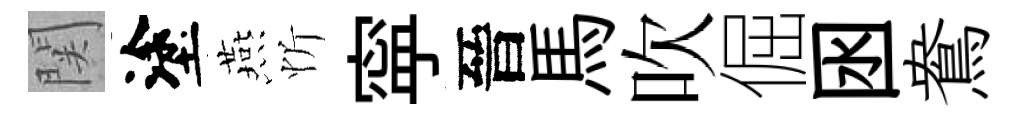
関塗燕忻寜晉馬吹倔囦鴦